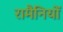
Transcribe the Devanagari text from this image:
रामैनियों